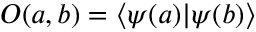
O ( a , b ) = \langle \psi ( a ) | \psi ( b ) \rangle